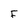
Character: F